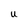
Character: U